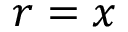
r = x